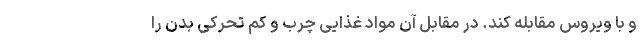
و با ویروس مقابله کند. در مقابل آن مواد غذایی چرب و کم تحرکی بدن را